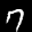
Label: 7